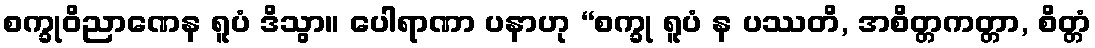
စက္ခုဝိညာဏေန ရူပံ ဒိသွာ။ ပေါရာဏာ ပနာဟု “စက္ခု ရူပံ န ပဿတိ, အစိတ္တကတ္တာ, စိတ္တံ